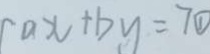
a x + b y = 7 \textcircled { 1 }